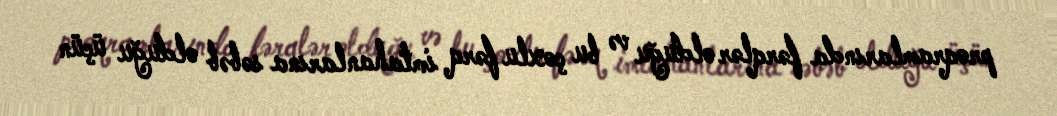
proqramlarında fərqlər olduğu və bu çoxlu fərq imtahanlarına səbəb olduğu üçün